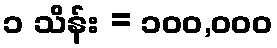
၁ သိန်း = ၁၀၀,၀၀၀